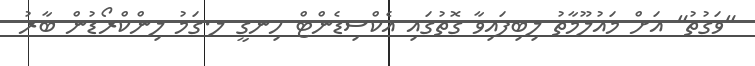
"ވަގުތު" އަށް މައުލޫމާތު ލިބިފައިވާ ގޮތުގައި އެކްސިޑެންޓް ހިނގީ ލ.ގަމު ލިންކްރޯޑުން ބާރު